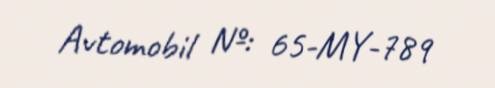
Avtomobil №: 65-MY-789